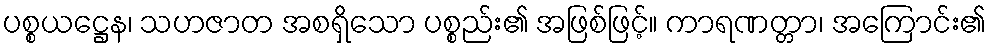
ပစ္စယဋ္ဌေန၊ သဟဇာတ အစရှိသော ပစ္စည်း၏ အဖြစ်ဖြင့်။ ကာရဏတ္တာ၊ အကြောင်း၏